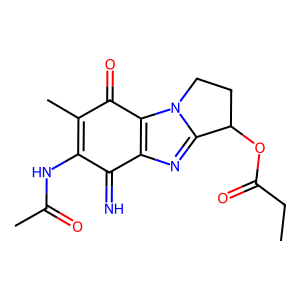
SMILES: CCC(=O)OC1CCn2c1nc1c2C(=O)C(C)=C(NC(C)=O)C1=N
Inhibits HIV replication: No